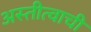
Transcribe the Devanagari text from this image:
अस्तीत्वाची